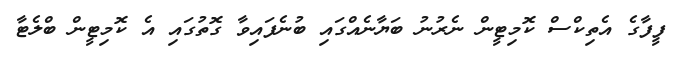
ފީފާގެ އެތިކްސް ކޮމިޓީން ނެރުނު ބަޔާނެއްގައި ބުނެފައިވާ ގޮތުގައި އެ ކޮމިޓީން ބްލެޓާ